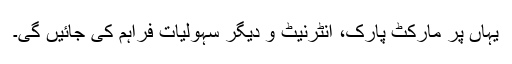
یہاں پر مارکٹ پارک، انٹرنیٹ و دیگر سہولیات فراہم کی جائیں گی۔